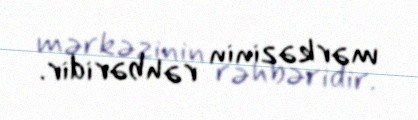
mərkəzinin rəhbəridir.